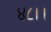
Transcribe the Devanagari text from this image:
४८।।